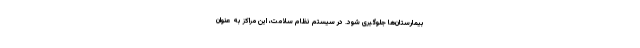
بیمارستان‌ها جلوگیری شود. در سیستم نظام سلامت، این مراکز به عنوان